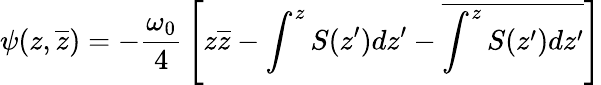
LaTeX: \psi(z,\overline{{z}})=-{\frac{\omega_{0}}{4}}\left[z\overline{{z}}-\int^{z}S(z^{\prime})dz^{\prime}-\overline{{\int^{z}S(z^{\prime})dz^{\prime}}}\right]